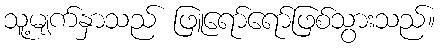
သူ့မျက်နှာသည် ဖြူရော်ရော်ဖြစ်သွားသည်။